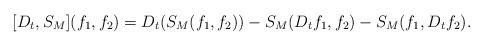
LaTeX: \begin{align*}[D_t, S_M](f_1,f_2) = D_t (S_M(f_1,f_2)) - S_M(D_t f_1,f_2) - S_M(f_1, D_t f_2) .\end{align*}